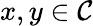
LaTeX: x,y\in{\mathcal{C}}